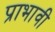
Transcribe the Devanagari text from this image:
प्राभावी